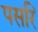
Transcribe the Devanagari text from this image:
पसरि